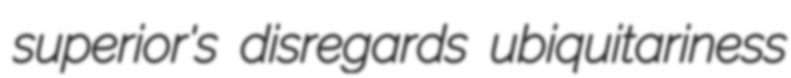
superior's disregards ubiquitariness